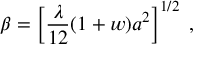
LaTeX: \beta = \left\lbrack \frac { \lambda } { 1 2 } ( 1 + w ) a ^ { 2 } \right\rbrack ^ { 1 / 2 } \; ,